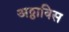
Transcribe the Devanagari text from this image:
अठ्ठाविस